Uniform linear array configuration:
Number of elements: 48
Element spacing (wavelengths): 0.25
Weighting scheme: hann
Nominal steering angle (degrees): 60
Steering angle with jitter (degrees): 58.942
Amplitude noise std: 0.05
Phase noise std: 0.05

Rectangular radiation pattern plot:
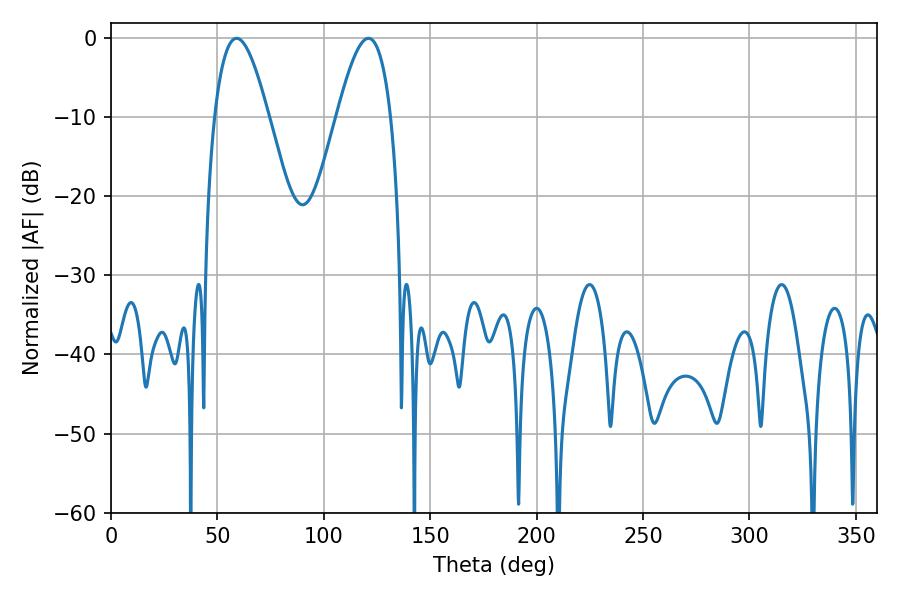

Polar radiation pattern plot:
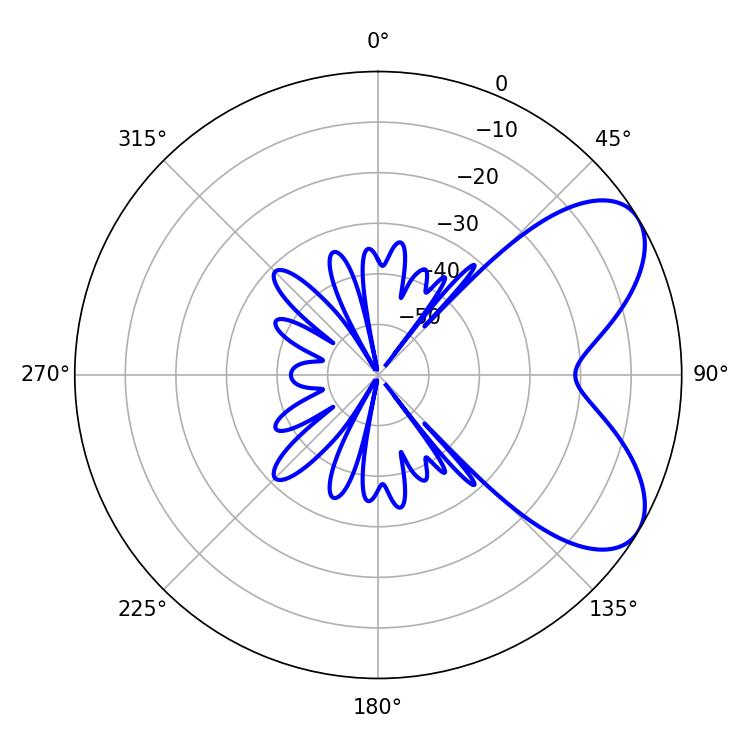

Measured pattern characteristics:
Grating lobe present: FALSE
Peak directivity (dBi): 6.431
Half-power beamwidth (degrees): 13.68
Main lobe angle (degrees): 59.04